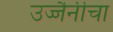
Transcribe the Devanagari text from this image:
उज्जैनीचा